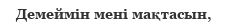
Демеймін мені мақтасын,